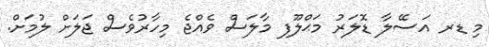
މި ޑރ އަސޭލާ ޑޮލަރު މަޙްލޫފ މާލަސް ވެއްޖެ މިހާރުވެސް ޖަލަށް ލުމަށް.